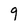
Character: 9